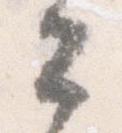
々